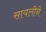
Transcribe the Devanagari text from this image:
सायलीने